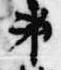
弟